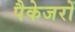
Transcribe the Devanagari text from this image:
पैकेजरों